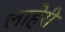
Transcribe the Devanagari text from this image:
लाहेरी